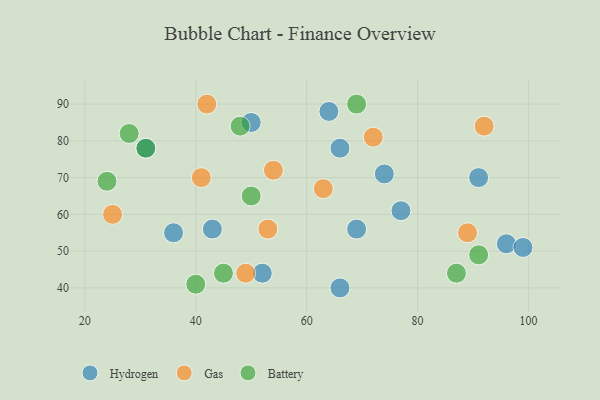
{"axis": {"x": "GDP", "y": "Life Expectancy"}, "legend": ["Battery", "Gas", "Hydrogen"], "data": [{"x": "66", "y": 78, "type": "Hydrogen"}, {"x": "96", "y": 52, "type": "Hydrogen"}, {"x": "77", "y": 61, "type": "Hydrogen"}, {"x": "64", "y": 88, "type": "Hydrogen"}, {"x": "43", "y": 56, "type": "Hydrogen"}, {"x": "74", "y": 71, "type": "Hydrogen"}, {"x": "52", "y": 44, "type": "Hydrogen"}, {"x": "91", "y": 70, "type": "Hydrogen"}, {"x": "69", "y": 56, "type": "Hydrogen"}, {"x": "66", "y": 40, "type": "Hydrogen"}, {"x": "50", "y": 85, "type": "Hydrogen"}, {"x": "31", "y": 78, "type": "Hydrogen"}, {"x": "99", "y": 51, "type": "Hydrogen"}, {"x": "36", "y": 55, "type": "Hydrogen"}, {"x": "25", "y": 60, "type": "Gas"}, {"x": "53", "y": 56, "type": "Gas"}, {"x": "41", "y": 70, "type": "Gas"}, {"x": "92", "y": 84, "type": "Gas"}, {"x": "72", "y": 81, "type": "Gas"}, {"x": "49", "y": 44, "type": "Gas"}, {"x": "63", "y": 67, "type": "Gas"}, {"x": "42", "y": 90, "type": "Gas"}, {"x": "89", "y": 55, "type": "Gas"}, {"x": "54", "y": 72, "type": "Gas"}, {"x": "40", "y": 41, "type": "Battery"}, {"x": "91", "y": 49, "type": "Battery"}, {"x": "31", "y": 78, "type": "Battery"}, {"x": "87", "y": 44, "type": "Battery"}, {"x": "28", "y": 82, "type": "Battery"}, {"x": "24", "y": 69, "type": "Battery"}, {"x": "69", "y": 90, "type": "Battery"}, {"x": "50", "y": 65, "type": "Battery"}, {"x": "45", "y": 44, "type": "Battery"}, {"x": "48", "y": 84, "type": "Battery"}]}